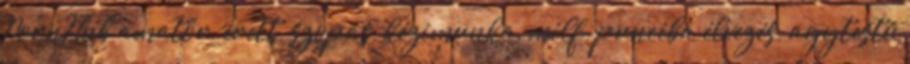
PornHub amatőr, érett, szopás, kézimunka, milf, punciba élvezés, agytestű